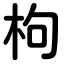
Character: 枸